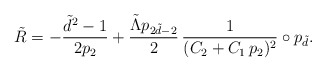
\begin{align*}\tilde{R} = -\frac{\tilde{d}^2-1}{2p_2} + \frac{ \tilde{\Lambda} p_{2\tilde{d}-2} }{2} \, \frac{1}{(C_2+C_1\, p_2)^2}\circ p_{\tilde{d}}.\end{align*}